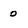
Character: 0